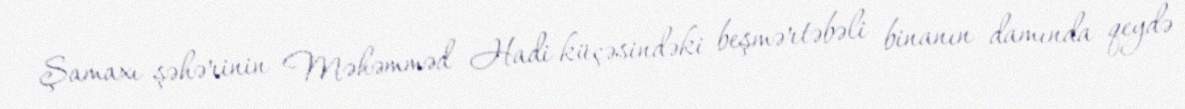
Şamaxı şəhərinin Məhəmməd Hadi küçəsindəki beşmərtəbəli binanın damında qeydə